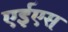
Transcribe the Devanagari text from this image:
एईएस